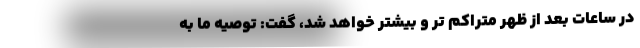
در ساعات بعد از ظهر متراکم تر و بیشتر خواهد شد، گفت: توصیه ما به